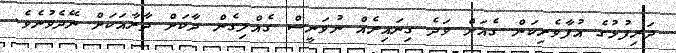
ދަރިފުޅުގެ އުފާވެރިކަން ގެއަށް ވަދެ ގިނައިރެއް ނުވަނީސް ގެއްލިގެން ދާކަށް ދާރާއަކަށް ނޭދެވުނެވެ.